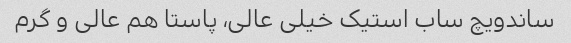
ساندویچ ساب استیک خیلی عالی، پاستا هم عالی و گرم